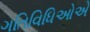
ગતિવિધિઓએ